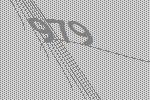
979